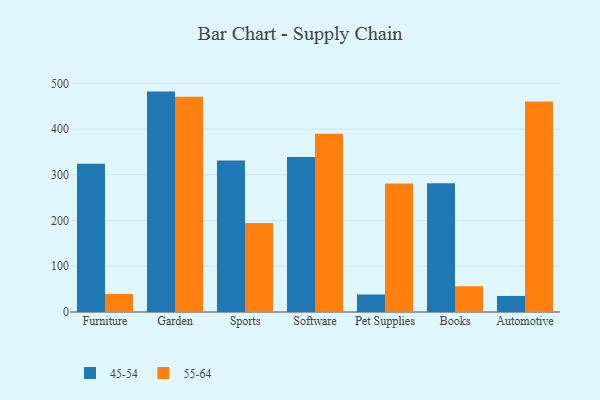
{"axis": {"x": "Category", "y": "Temperature (°C)"}, "legend": ["45-54", "55-64"], "data": [{"x": "Furniture", "y": 324.3, "type": "45-54"}, {"x": "Furniture", "y": 39.5, "type": "55-64"}, {"x": "Garden", "y": 482.1, "type": "45-54"}, {"x": "Garden", "y": 470.9, "type": "55-64"}, {"x": "Sports", "y": 331.4, "type": "45-54"}, {"x": "Sports", "y": 194.7, "type": "55-64"}, {"x": "Software", "y": 339.0, "type": "45-54"}, {"x": "Software", "y": 389.7, "type": "55-64"}, {"x": "Pet Supplies", "y": 38.3, "type": "45-54"}, {"x": "Pet Supplies", "y": 281.2, "type": "55-64"}, {"x": "Books", "y": 281.5, "type": "45-54"}, {"x": "Books", "y": 56.4, "type": "55-64"}, {"x": "Automotive", "y": 35.1, "type": "45-54"}, {"x": "Automotive", "y": 460.5, "type": "55-64"}]}